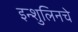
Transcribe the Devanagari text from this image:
इन्शुलिनचे